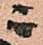
ニ